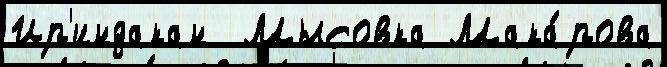
Ир'индакан  Мысовка Мака́рова